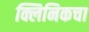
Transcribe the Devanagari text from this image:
क्लिनिकचा